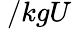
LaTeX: \ /kgU